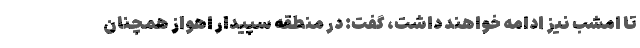
تا امشب نیز ادامه خواهند داشت، گفت: در منطقه سپیدار اهواز همچنان‌